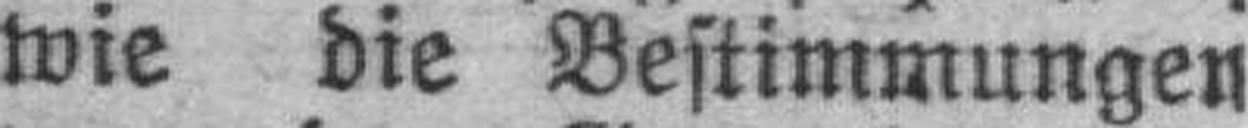
wie die Bestimmungen